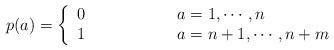
\begin{align*}p(a)=\left\{\begin{array}{ll} 0&\hspace{2cm}a=1,\cdots,n\\ 1&\hspace{2cm}a=n+1,\cdots,n+m\end{array}\right.\end{align*}